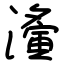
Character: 濥